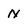
Character: N